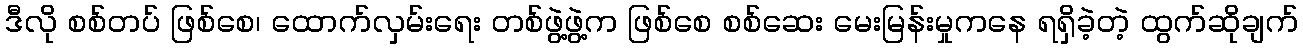
ဒီလို စစ်တပ် ဖြစ်စေ၊ ထောက်လှမ်းရေး တစ်ဖွဲ့ဖွဲ့က ဖြစ်စေ စစ်ဆေး မေးမြန်းမှုကနေ ရရှိခဲ့တဲ့ ထွက်ဆိုချက်